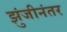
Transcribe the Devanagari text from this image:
झुंजीनंतर